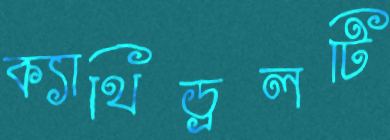
ক্যাথিড্রলটি